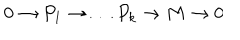
0 \to P _ { 1 } \to \dots P _ { k } \to M \to 0